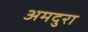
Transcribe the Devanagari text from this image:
अमदुरा